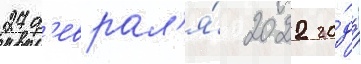
27 ф'еврал'я́ 2022 го́да